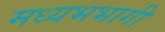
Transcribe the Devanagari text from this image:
मध्यभभागी